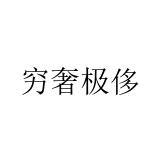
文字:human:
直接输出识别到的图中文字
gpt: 穷奢极侈